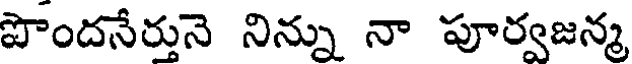
పొందనేర్తునె నిన్ను నా పూర్వజన్మ